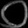
Digit: ၀